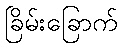
ခြိမ်းခြောက်